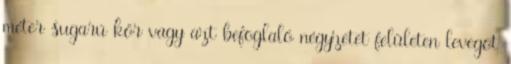
méter sugarú kör vagy azt befoglaló négyzetet felületen levegõt